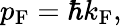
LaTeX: p_{\mathrm{F}}=\hbar k_{\mathrm{F}},